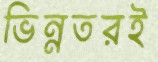
ভিন্নতরই